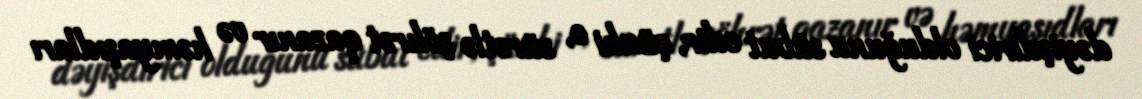
dəyişdirici olduğunu sübut edir, çünki o, sürətlə şöhrət qazanır və həmyaşıdları